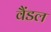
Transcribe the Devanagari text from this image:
वैंडल